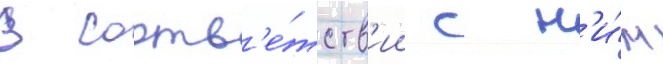
В соотв'е́тств'ии с н'и́м